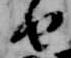
由